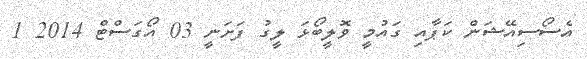
އެސޯސިއޭޝަން ކަޕާއި ގައުމީ ވޮލީބޯޅަ ލީގު ފަށަނީ 03 އޯގަސްޓް 2014 1